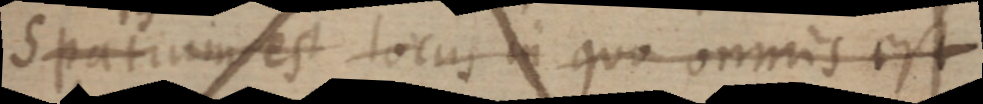
Spatium est locus in quo omnis est